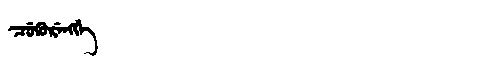
Manchu: ᠴᡠᡴᡠᡵᡝᠩᡤᡝ
Romanization: CUKURENGGE